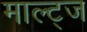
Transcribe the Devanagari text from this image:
माल्ट्ज